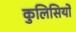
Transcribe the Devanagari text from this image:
कुलिसियों